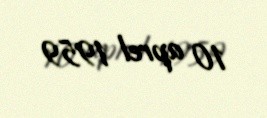
10 aprel 1959